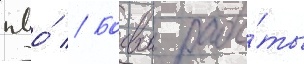
пво́ // Боевои рабо́ты